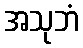
အသုဘံ